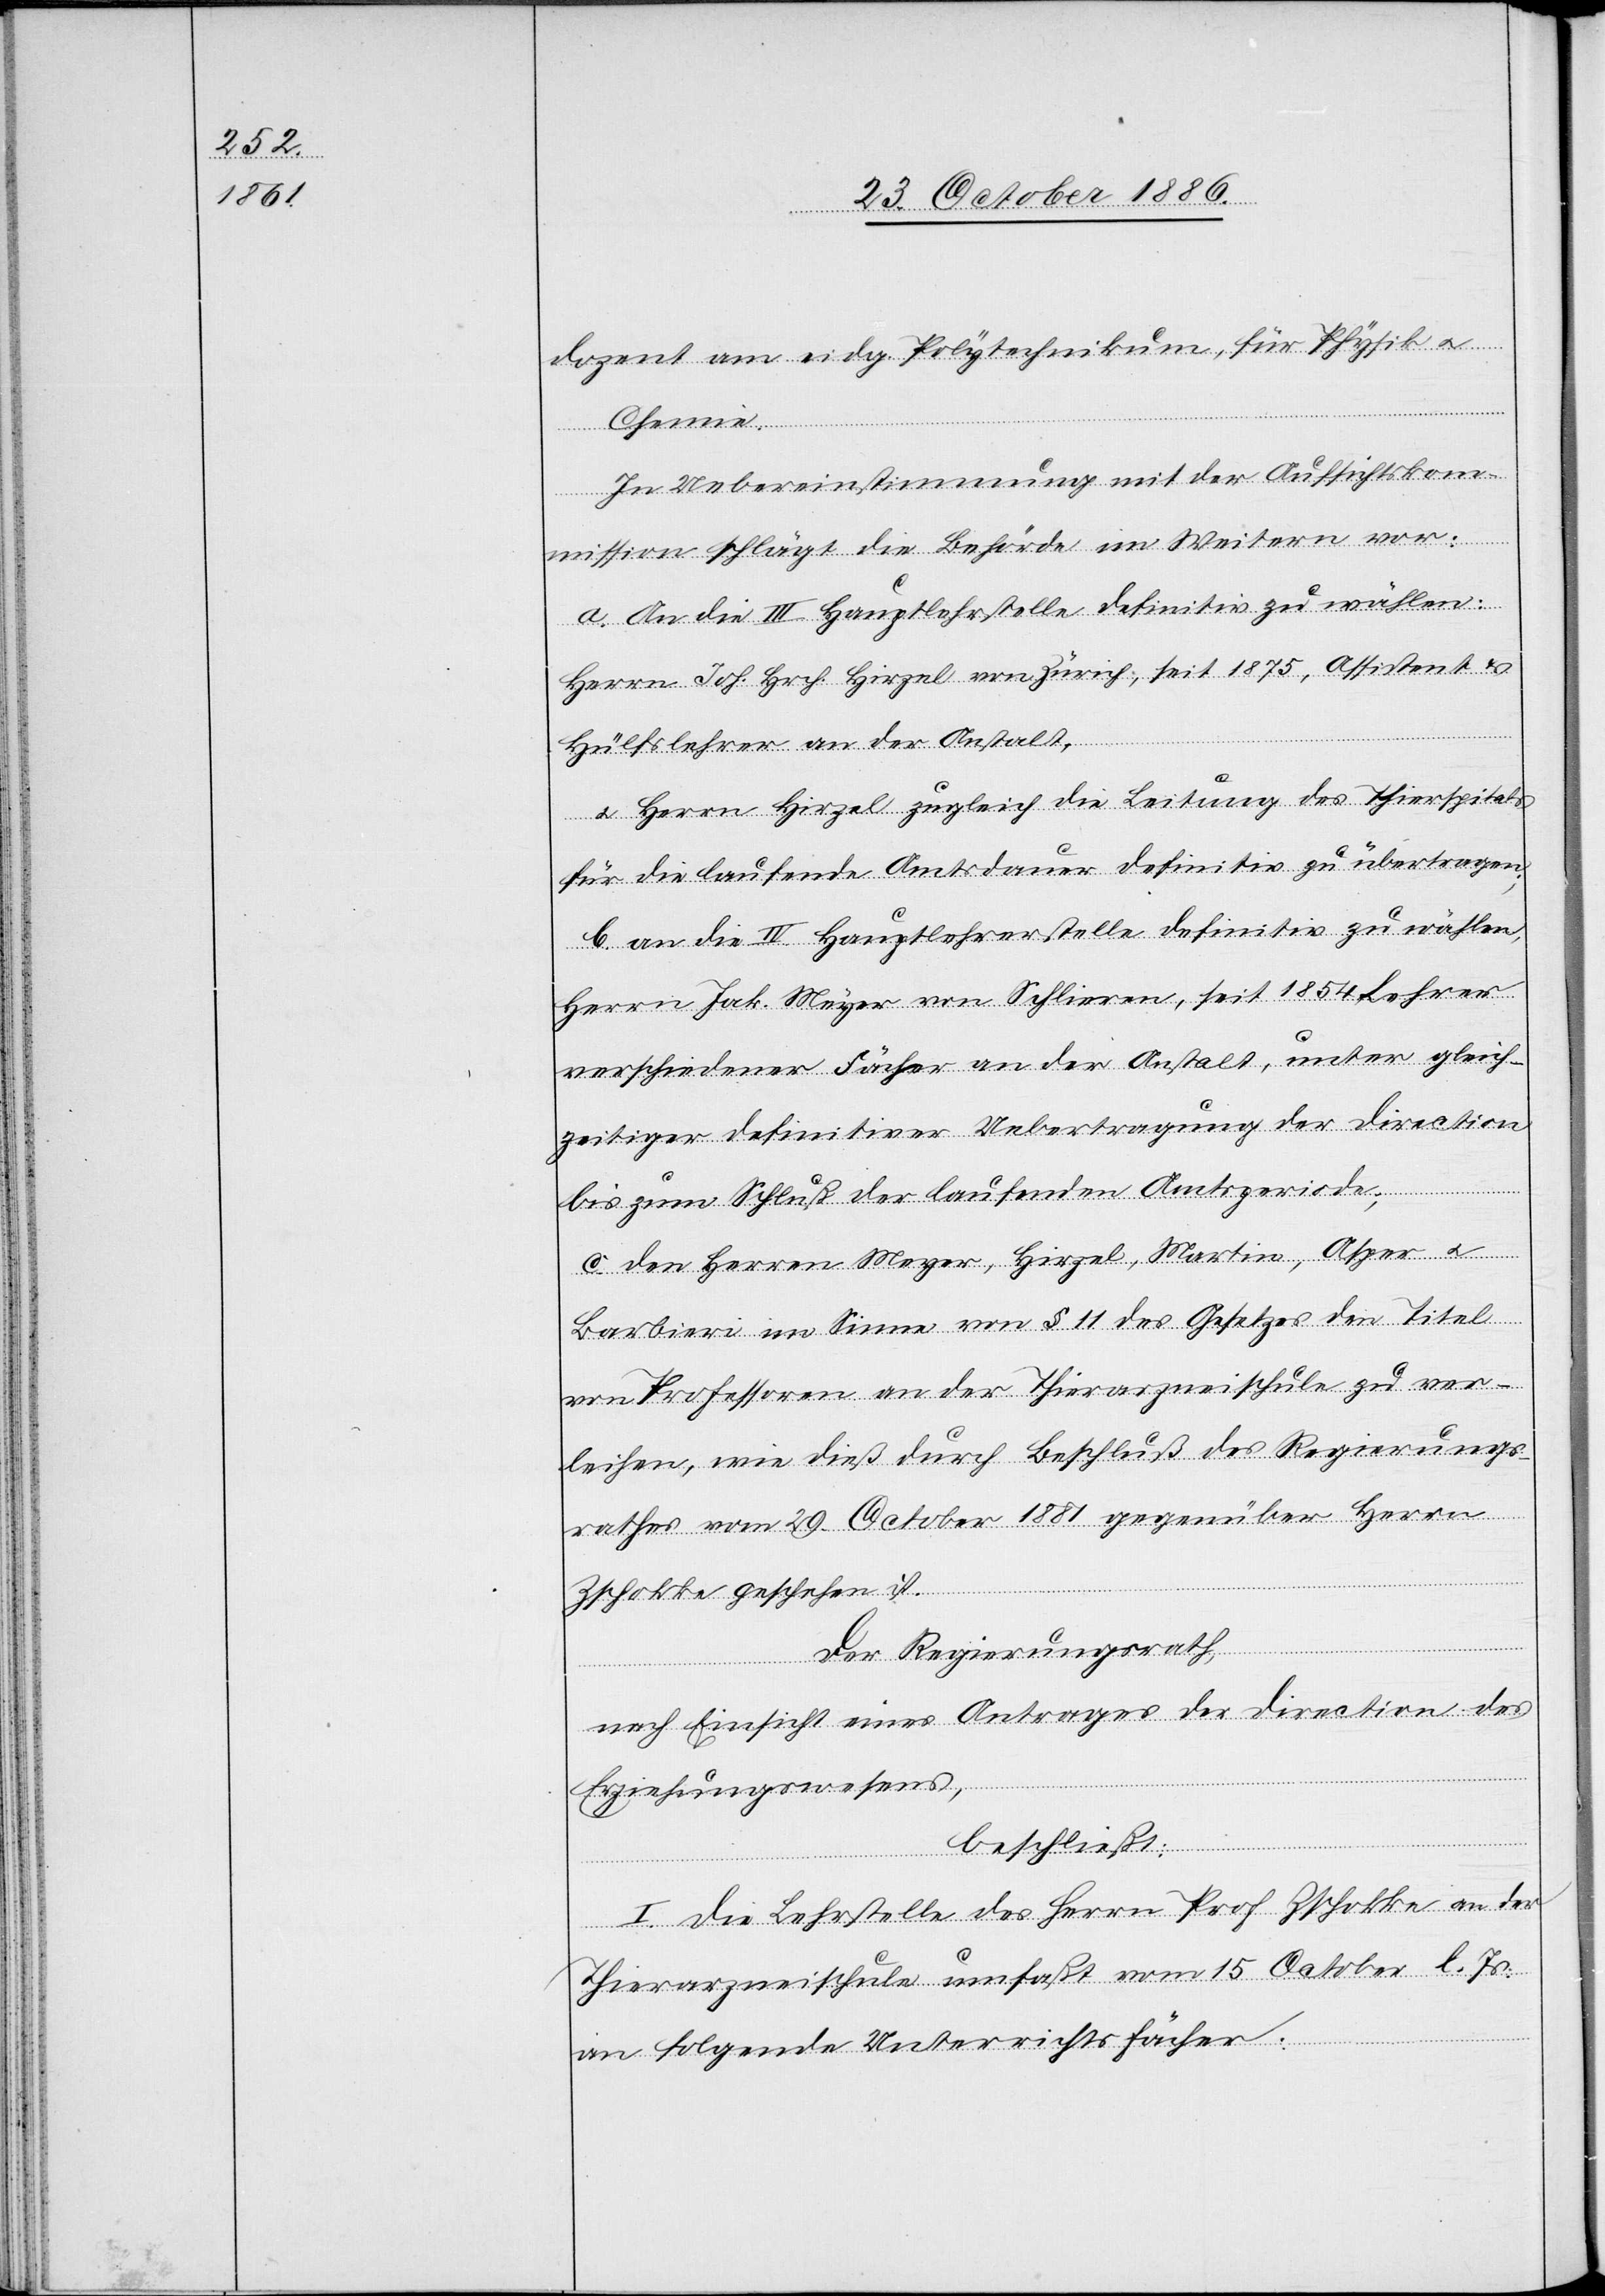
dozent am eidg. Polytechnikum, für Physik &
Chemie.
In Uebereinstimmung mit der Aufsichtsko¬
mmission schlägt die Behörde im Weitern vor:
a. An die III. Hauptlehrstelle definitiv zu wählen:
Herrn Joh. Hrch. Hirzel von Zürich, seit 1875, Assistent &
Hülfslehrer an der Anstalt,
& Herrn Hirzel zugleich die Leitung des Thierspitals
für die laufende Amtsdauer definitiv zu übertragen;
b. an die IV. Hauptlehrerstelle definitiv zu wählen,
Herrn Jak. Meyer von Schlieren, seit 1854 Lehrer
verschiedener Fächer an der Anstalt, unter gleich¬
zeitiger definitiver Uebertragung der Direction
bis zum Schluß der laufenden Amtsperiode;
c. den Herren Meyer, Hirzel, Martin, Asper &
Barbieri im Sinne von § 11 des Gesetzes den Titel
von Professoren an der Thierarzneischule zu ver¬
leihen, wie dieß durch Beschluß des Regierungs¬
rathes vom 29. October 1881 gegenüber Herrn
Zschokke geschehen ist.
Der Regierungsrath,
nach Einsicht eines Antrages der Direction des
Erziehungswesens,
beschließt:
I. Die Lehrstelle des Herrn Prof. Zschokke an der
Thierarzneischule umfaßt vom 15. October l. Js.
an folgende Unterrichtsfächer: